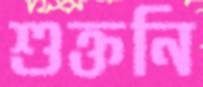
শুক্তনি